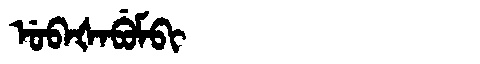
Manchu: ᡠᠪᠠᡧᠠᠪᡠᠮᠪᡳ
Romanization: UBAŠABUMBI